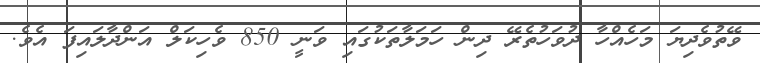
ވޭތުވެދިޔަ މަހެއްހާ ދުވަހުތެރޭ ދިން ހަމަލާތަކުގައި ވަނީ 850 ވެހިކަލް އަންދާލައިފަ އެވެ.